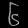
Digit: ၆